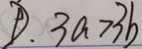
P . 3 a > 3 b